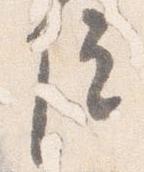
院